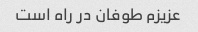
عزیزم طوفان در راه است